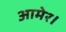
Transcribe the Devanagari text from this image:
आमेर।